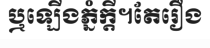
ឬឡើងភ្នំក្តី។តែរឿង